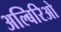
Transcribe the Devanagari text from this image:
अल्बिरिओ